Source: Handwritten
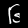
Digit: ၆ (6)